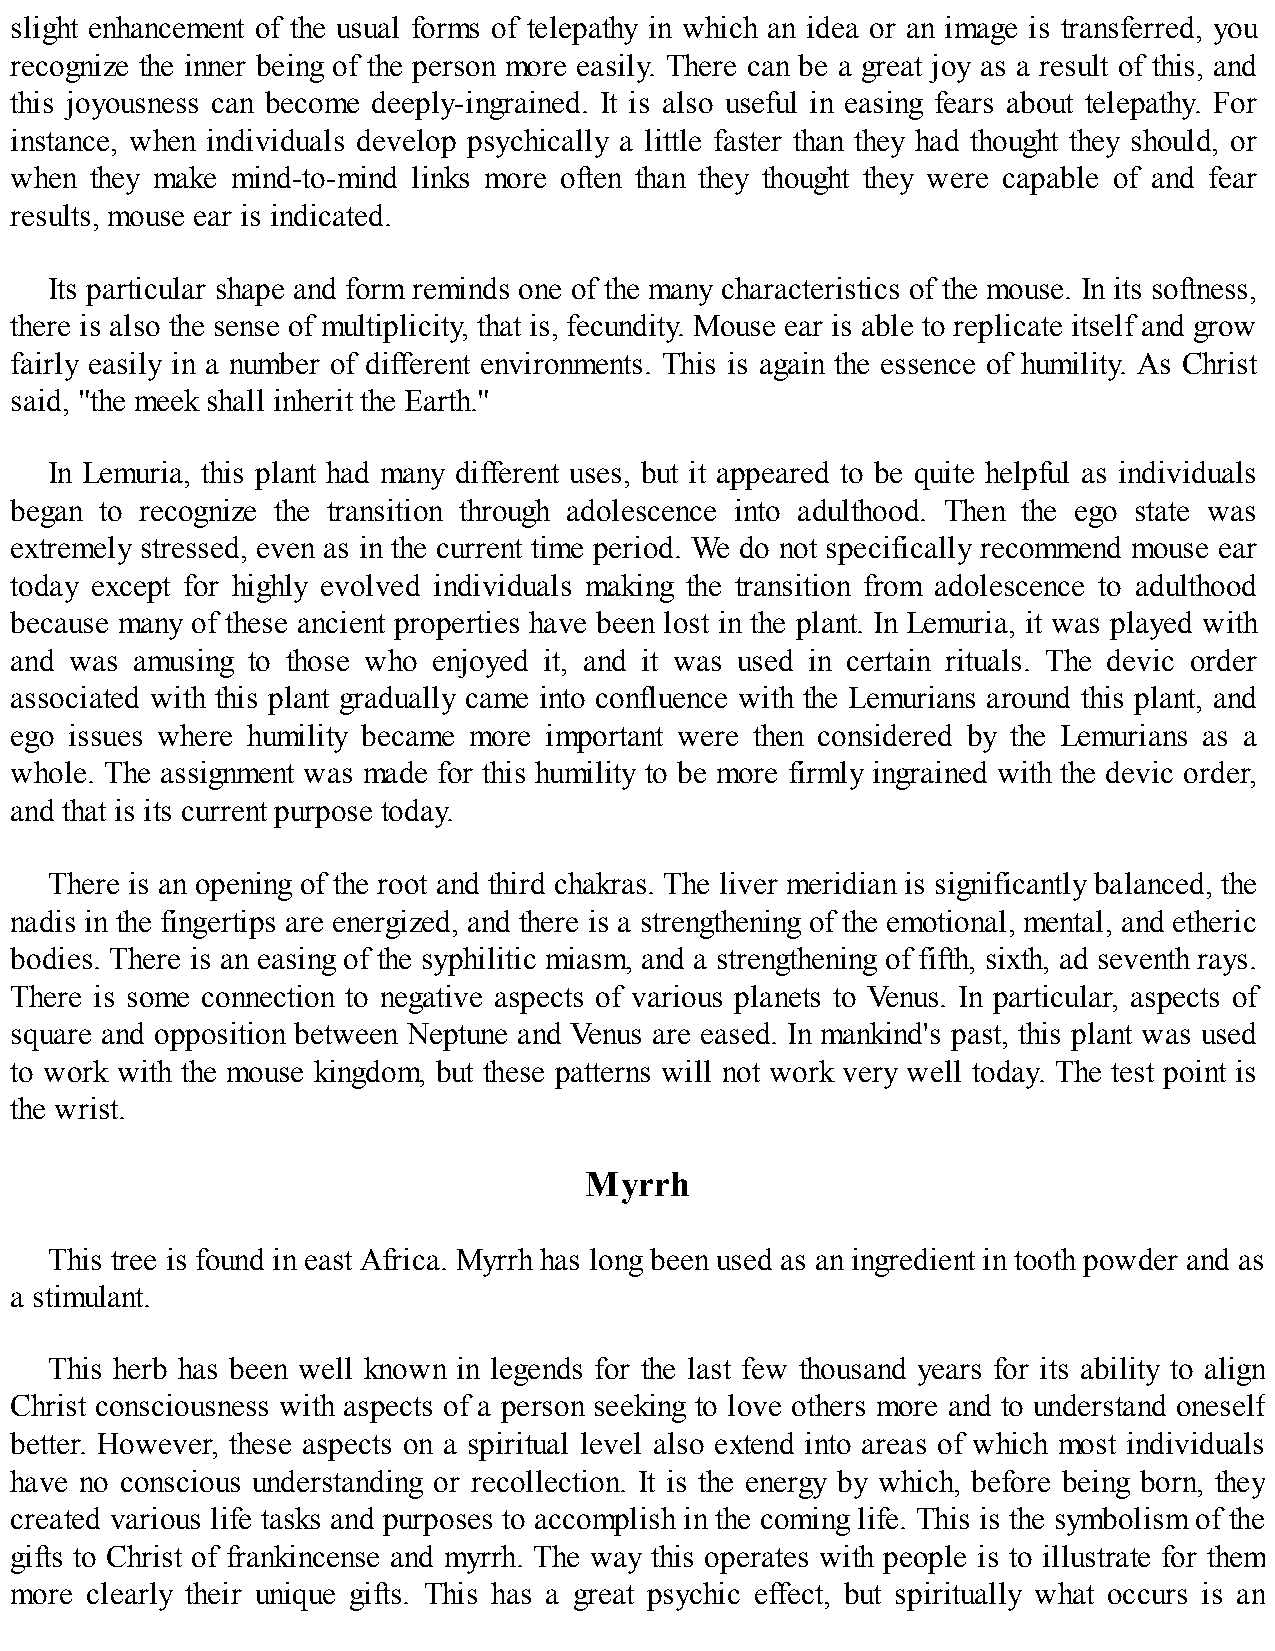
slight enhancement of the usual forms of telepathy in which an idea or an image is transferred, you
 recognize the inner being of the person more easily. There can be a great joy as a result of this, and
 this joyousness can become deeply-ingrained. It is also useful in easing fears about telepathy. For
 instance, when individuals develop psychically a little faster than they had thought they should, or
 when they make mind-to-mind links more often than they thought they were capable of and fear
 results, mouse ear is indicated.
 Its particular shape and form reminds one of the many characteristics of the mouse. In its softness,
 there is also the sense of multiplicity, that is, fecundity. Mouse ear is able to replicate itself and grow
 fairly easily in a number of different environments. This is again the essence of humility. As Christ
 said, "the meek shall inherit the Earth."
 In Lemuria, this plant had many different uses, but it appeared to be quite helpful as individuals
 began to recognize the transition through adolescence into adulthood. Then the ego state was
 extremely stressed, even as in the current time period. We do not specifically recommend mouse ear
 today except for highly evolved individuals making the transition from adolescence to adulthood
 because many of these ancient properties have been lost in the plant. In Lemuria, it was played with
 and was amusing to those who enjoyed it, and it was used in certain rituals. The devic order
 associated with this plant gradually came into confluence with the Lemurians around this plant, and
 ego issues where humility became more important were then considered by the Lemurians as a
 whole. The assignment was made for this humility to be more firmly ingrained with the devic order,
 and that is its current purpose today.
 There is an opening of the root and third chakras. The liver meridian is significantly balanced, the
 nadis in the fingertips are energized, and there is a strengthening of the emotional, mental, and etheric
 bodies. There is an easing of the syphilitic miasm, and a strengthening of fifth, sixth, ad seventh rays.
 There is some connection to negative aspects of various planets to Venus. In particular, aspects of
 square and opposition between Neptune and Venus are eased. In mankind's past, this plant was used
 to work with the mouse kingdom, but these patterns will not work very well today. The test point is
 the wrist.
 Myrrh
 This tree is found in east Africa. Myrrh has long been used as an ingredient in tooth powder and as
 a stimulant.
 This herb has been well known in legends for the last few thousand years for its ability to align
 Christ consciousness with aspects of a person seeking to love others more and to understand oneself
 better. However, these aspects on a spiritual level also extend into areas of which most individuals
 have no conscious understanding or recollection. It is the energy by which, before being born, they
 created various life tasks and purposes to accomplish in the coming life. This is the symbolism of the
 gifts to Christ of frankincense and myrrh. The way this operates with people is to illustrate for them
 more clearly their unique gifts. This has a great psychic effect, but spiritually what occurs is an